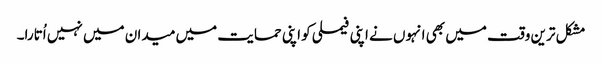
مشکل ترین وقت میں بھی انہوں نے اپنی فیملی کو اپنی حمایت میں میدان میں نہیں اُتارا۔